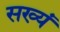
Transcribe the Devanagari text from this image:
सख्यं